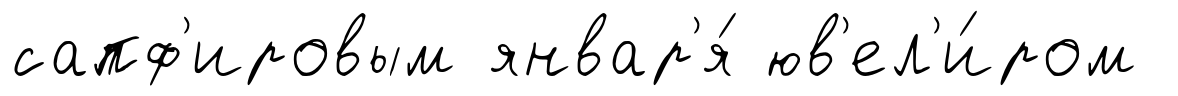
сапф'ировым январ'я́ юв'ел'и́ром